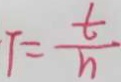
T = \frac { t } { h }